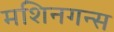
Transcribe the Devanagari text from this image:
मशिनगन्स